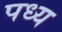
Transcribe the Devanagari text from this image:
पध्य